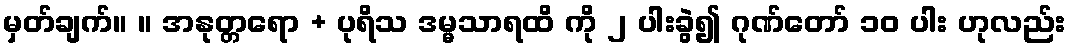
မှတ်ချက်။ ။ အနုတ္တရော + ပုရိသ ဒမ္မသာရထိ ကို ၂ ပါးခွဲ၍ ဂုဏ်တော် ၁၀ ပါး ဟုလည်း